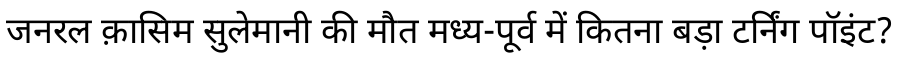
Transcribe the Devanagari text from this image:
जनरल क़ासिम सुलेमानी की मौत मध्य-पूर्व में कितना बड़ा टर्निंग पॉइंट?